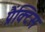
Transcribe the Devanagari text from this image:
प्रैंक्टिस